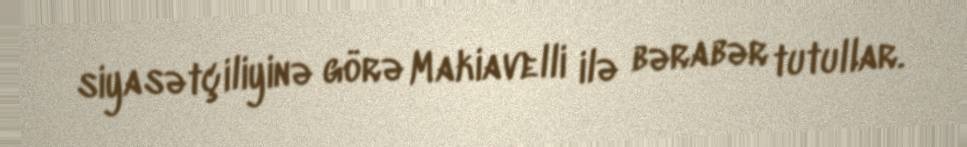
siyasətçiliyinə görə Makiavelli ilə bərabər tutullar.